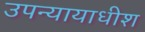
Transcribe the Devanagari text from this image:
उपन्यायाधीश